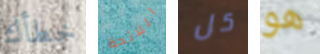
خطأك اللائحة كل هو